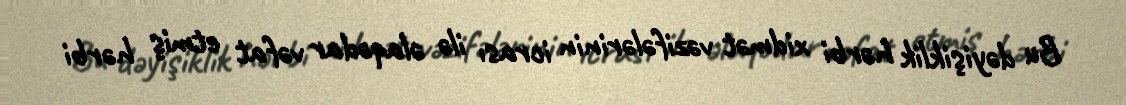
Bu dəyişiklik hərbi xidmət vəzifələrinin icrası ilə əlaqədar vəfat etmiş hərbi